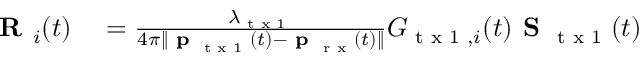
\begin{array} { r l } { \textbf { R } _ { i } ( t ) } & { { } = \frac { \lambda _ { \textrm { t x 1 } } } { 4 \pi \| \textbf { p } _ { \textrm { t x 1 } } ( t ) - \textbf { p } _ { \textrm { r x } } ( t ) \| } G _ { \textrm { t x 1 } , i } ( t ) \textbf { S } _ { \textrm { t x 1 } } ( t ) } \end{array}